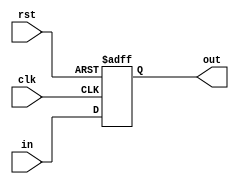
module D_FlipFlop(clk,rst,in,out);
input clk,rst;
input[0:0]in;
output reg [0:0]out;

always @(posedge clk or negedge rst)
if(!rst)
	out<=0;
else
	out<=in;
	
	
endmodule